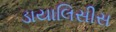
ડાયાલિસીસ